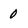
Character: 0